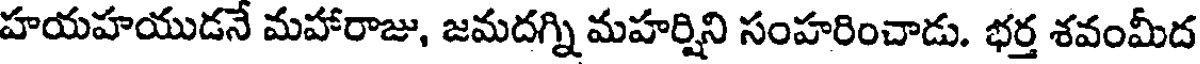
హయహయుడనే మహారాజు, జమదగ్ని మహర్షిని సంహరించాడు. భర్త శవంమీద